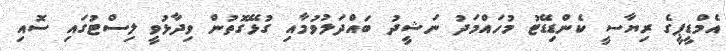
އެމްޑީޕީގެ ރިޔާސީ ކެންޑިޑޭޓު މުހައްމަދު ނަޝީދު ބައްދަލުވުމާއި ގުޅޭގޮތުން ވިދާޅުވީ ލިސްޓުގައި ސޮއި